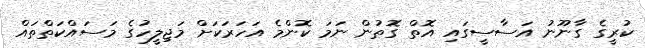
ކުރީގެ ގާނޫނު އަސާސީގައި އޮތް ގޮތުން ނަމަ ކޮންމެ އަހަރަކަށް މަޖިލީހުގެ މަސައްކަތްތައް